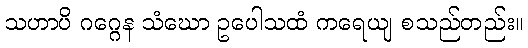
သဟာပိ ဂဂ္ဂေန သံဃော ဥပေါသထံ ကရေယျ စသည်တည်း။